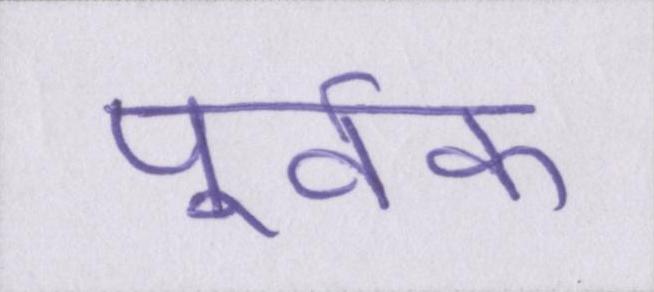
पूर्वक